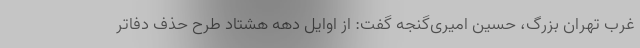
غرب تهران بزرگ، حسین امیری‌گنجه گفت: از اوایل دهه هشتاد طرح حذف دفاتر